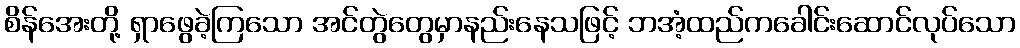
စိန်အေးတို့ ရှာဖွေခဲ့ကြသော အင်တွဲတွေမှာနည်းနေသဖြင့် ဘအံ့ထည်ကခေါင်းဆောင်လုပ်သော